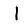
Digit: 1